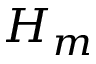
H _ { m }